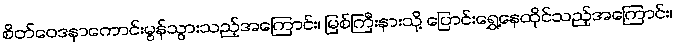
စိတ်ဝေဒနာကောင်းမွန်သွားသည့်အကြောင်း၊ မြစ်ကြီးနားသို့ ပြောင်းရွှေ့နေထိုင်သည့်အကြောင်း၊